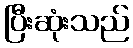
ပြီးဆုံးသည်